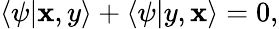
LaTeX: \langle\psi|\mathbf{x},y\rangle+\langle\psi|y,\mathbf{x}\rangle=0,